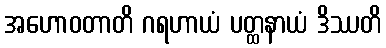
အဟောဝတာတိ ဂရဟာယံ ပတ္ထနာယံ ဒိဿတိ